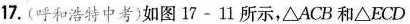
17.(呼和浩特中考)如图17-11所示，△ACB和△ECD